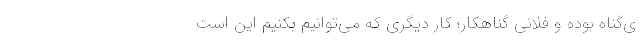
ی‌گناه بوده و فلانی گناهکار؛ کار دیگری که می‌توانیم بکنیم این است